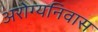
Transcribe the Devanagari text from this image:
अरोग्यनिवास